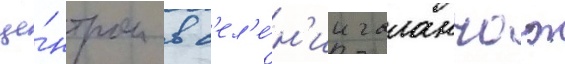
це́нтром в с'ел'е́н'ии галанчож